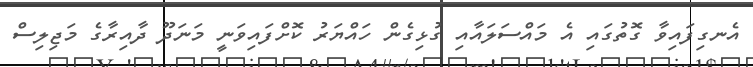
އެނގިފައިވާ ގޮތުގައި އެ މައްސަލައާއި ގުޅިގެން ހައްޔަރު ކޮށްފައިވަނީ މަނަދޫ ދާއިރާގެ މަޖިލިސް